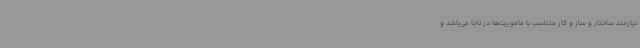
نیازمند ساختار و ساز و کار متناسب با ماموریت‌ها در ناجا می‌باشد و